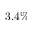
3 . 4 \%